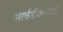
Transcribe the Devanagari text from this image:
आर्चडीकनपदी